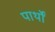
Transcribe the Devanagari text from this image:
पार्थों